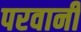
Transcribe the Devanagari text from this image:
परवानी